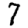
Digit: 7